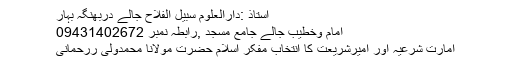
استاذ :دارالعلوم سبیل الفلاح جالے دربھنگہ بہار
امام وخطیب جالے جامع مسجد ,رابطہ نمبر 09431402672
امارت شرعیہ اور امیرشریعت کا انتخاب مفکر اسلام حضرت مولانا محمدولی ررحمانی